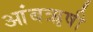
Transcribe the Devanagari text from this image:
आंबॠषी